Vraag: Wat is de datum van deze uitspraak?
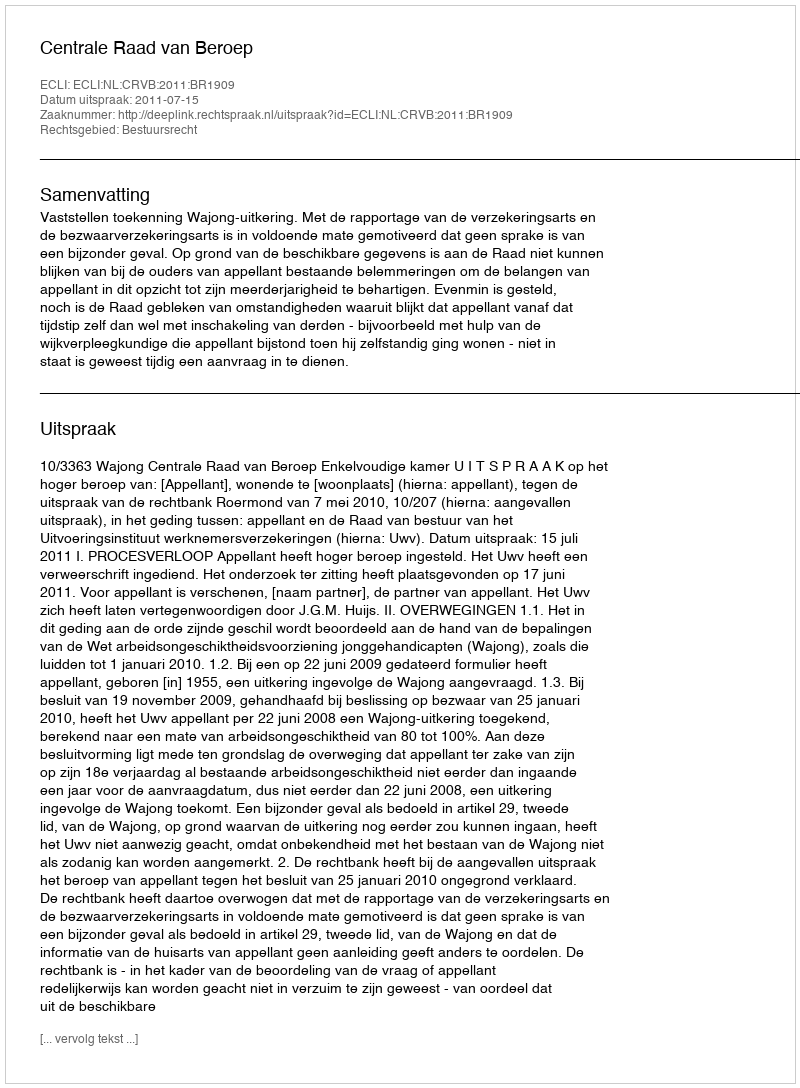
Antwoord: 2011-07-15